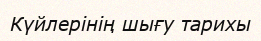
Күйлерінің шығу тарихы